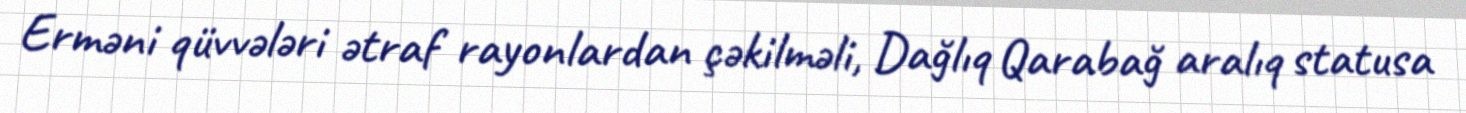
Erməni qüvvələri ətraf rayonlardan çəkilməli, Dağlıq Qarabağ aralıq statusa